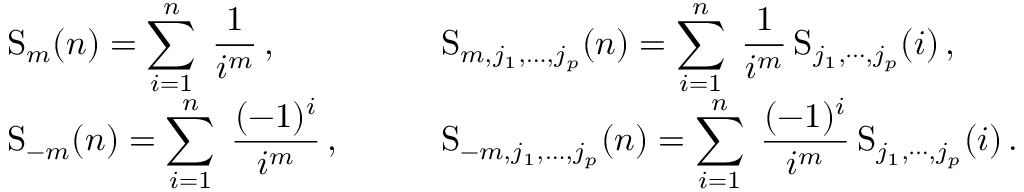
\begin{array} { l l } { { \displaystyle \mathrm { S } _ { m } ( n ) = \sum _ { i = 1 } ^ { n } \; \frac { 1 } { i ^ { m } } \, , } } & { { \displaystyle \mathrm { S } _ { m , j _ { 1 } , \ldots , j _ { p } } ( n ) = \sum _ { i = 1 } ^ { n } \; \frac { 1 } { i ^ { m } } \, \mathrm { S } _ { j _ { 1 } , \cdots , j _ { p } } ( i ) \, , } } \\ { { \displaystyle \mathrm { S } _ { - m } ( n ) = \sum _ { i = 1 } ^ { n } \; \frac { ( - 1 ) ^ { i } } { i ^ { m } } \, , \qquad } } & { { \displaystyle \mathrm { S } _ { - m , j _ { 1 } , \ldots , j _ { p } } ( n ) = \sum _ { i = 1 } ^ { n } \; \frac { ( - 1 ) ^ { i } } { i ^ { m } } \, \mathrm { S } _ { j _ { 1 } , \cdots , j _ { p } } ( i ) \, . } } \end{array}